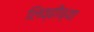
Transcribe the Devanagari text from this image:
लिव्हीच्या